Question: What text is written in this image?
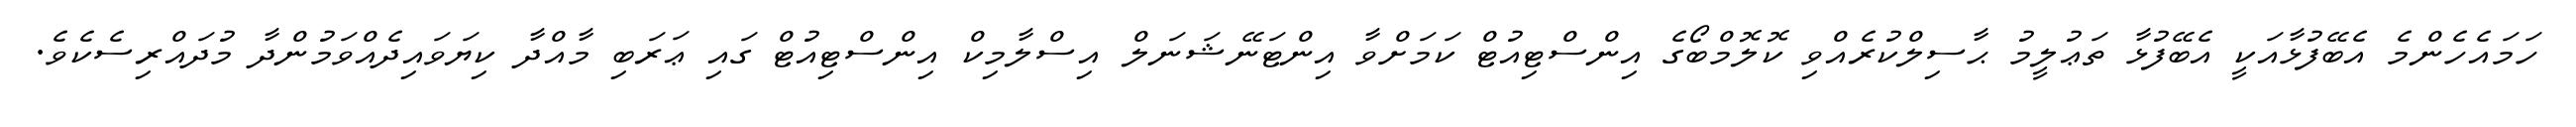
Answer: ހަމައެހެންމެ އެބޭފުޅާއަކީ އެބޭފުޅާ ތަޢުލީމު ޙާސިލްކުރެއްވި ކޮލޮމްބޯގެ އިންސްޓިއުޓް ކަމަށްވާ އިންޓަނޭޝަނަލް އިސްލާމިކް އިންސްޓިއުޓް ގައި ޢަރަބި މާއްދާ ކިޔަވައިދެއްވަމުންދާ މުދައްރިސެކެވެ.